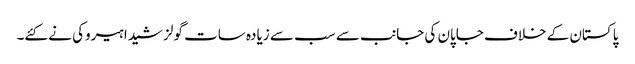
پاکستان کے خلاف جاپان کی جانب سے سب سے زیادہ سات گولز شیدا ہیروکی نے کئے۔